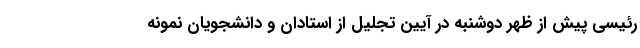
رئیسی پیش از ظهر دوشنبه در آیین تجلیل از استادان و دانشجویان نمونه